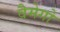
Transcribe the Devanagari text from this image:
वैमेगो